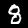
Label: 8